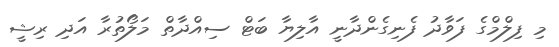
މި ފިލްމްގެ ފަވާދު ފެނިގެންދާނީ އާލިޔާ ބަޓް ސިއްދާތް މަލޯތުރާ އަދި ރިޝީ